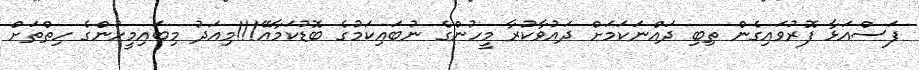
ފަސްއަޅާ ފޮރުވައިގެން ތިބި ދައްނަކަމަށް ދައުވާކުރާ މީހުންގެ ނުބައިކަމުގެ ބޮޑުކަމާއޭ!!!މިއަދު މިބައިމީހުންގެ ހިތްތަށް